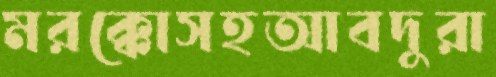
মরক্কোসহআবদুরা